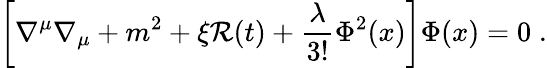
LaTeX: \left[\nabla^{\mu}\nabla_{\mu}+m^{2}+\xi{\cal R}(t)+\frac{\lambda}{3!}\Phi^{2}(x)\right]\Phi(x)=0\; .